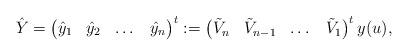
LaTeX: \begin{align*} \hat{Y}=\begin{pmatrix}\hat{y}_1&\hat{y}_2& \dots& \hat{y}_n \end{pmatrix}^t :=\begin{pmatrix} \tilde{V}_n&\tilde{V}_{n-1}& \dots& \tilde{V}_1 \end{pmatrix}^t y(u), \end{align*}